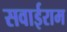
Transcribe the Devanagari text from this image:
सवाईराम